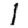
Digit: 1